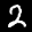
Label: 2